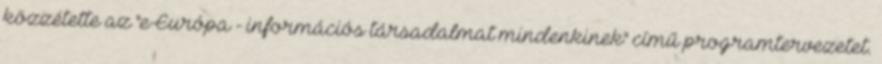
közzétette az "e-Európa - információs társadalmat mindenkinek" című programtervezetet.